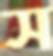
স